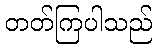
တတ်ကြပါသည်